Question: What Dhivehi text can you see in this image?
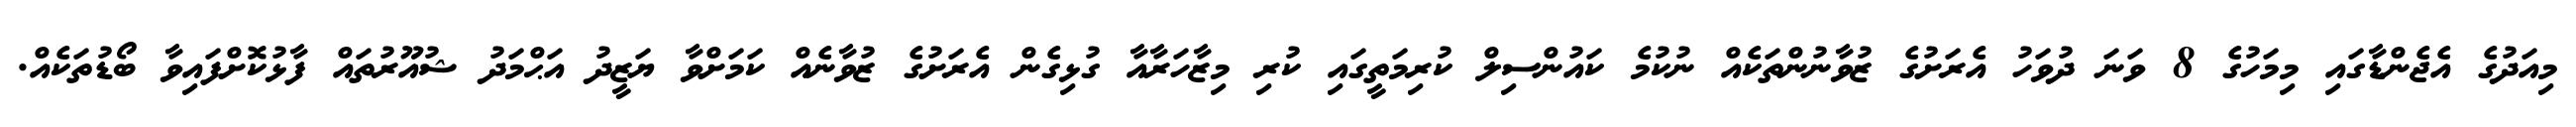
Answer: މިއަދުގެ އެޖެންޑާގައި މިމަހުގެ 8 ވަނަ ދުވަހު އެރަށުގެ ޒުވާނުންތަކެއް ނުކުމެ ކައުންސިލް ކުރިމަތީގައި ކުރި މިޒާހަރާއާ ގުޅިގެން އެރަށުގެ ޒުވާނެއް ކަމަށްވާ ޔަޒީދު އަޙްމަދު ޝުއޫރުތައް ފާޅުކޮށްފައިވާ ބޯޑުތަކެއް.